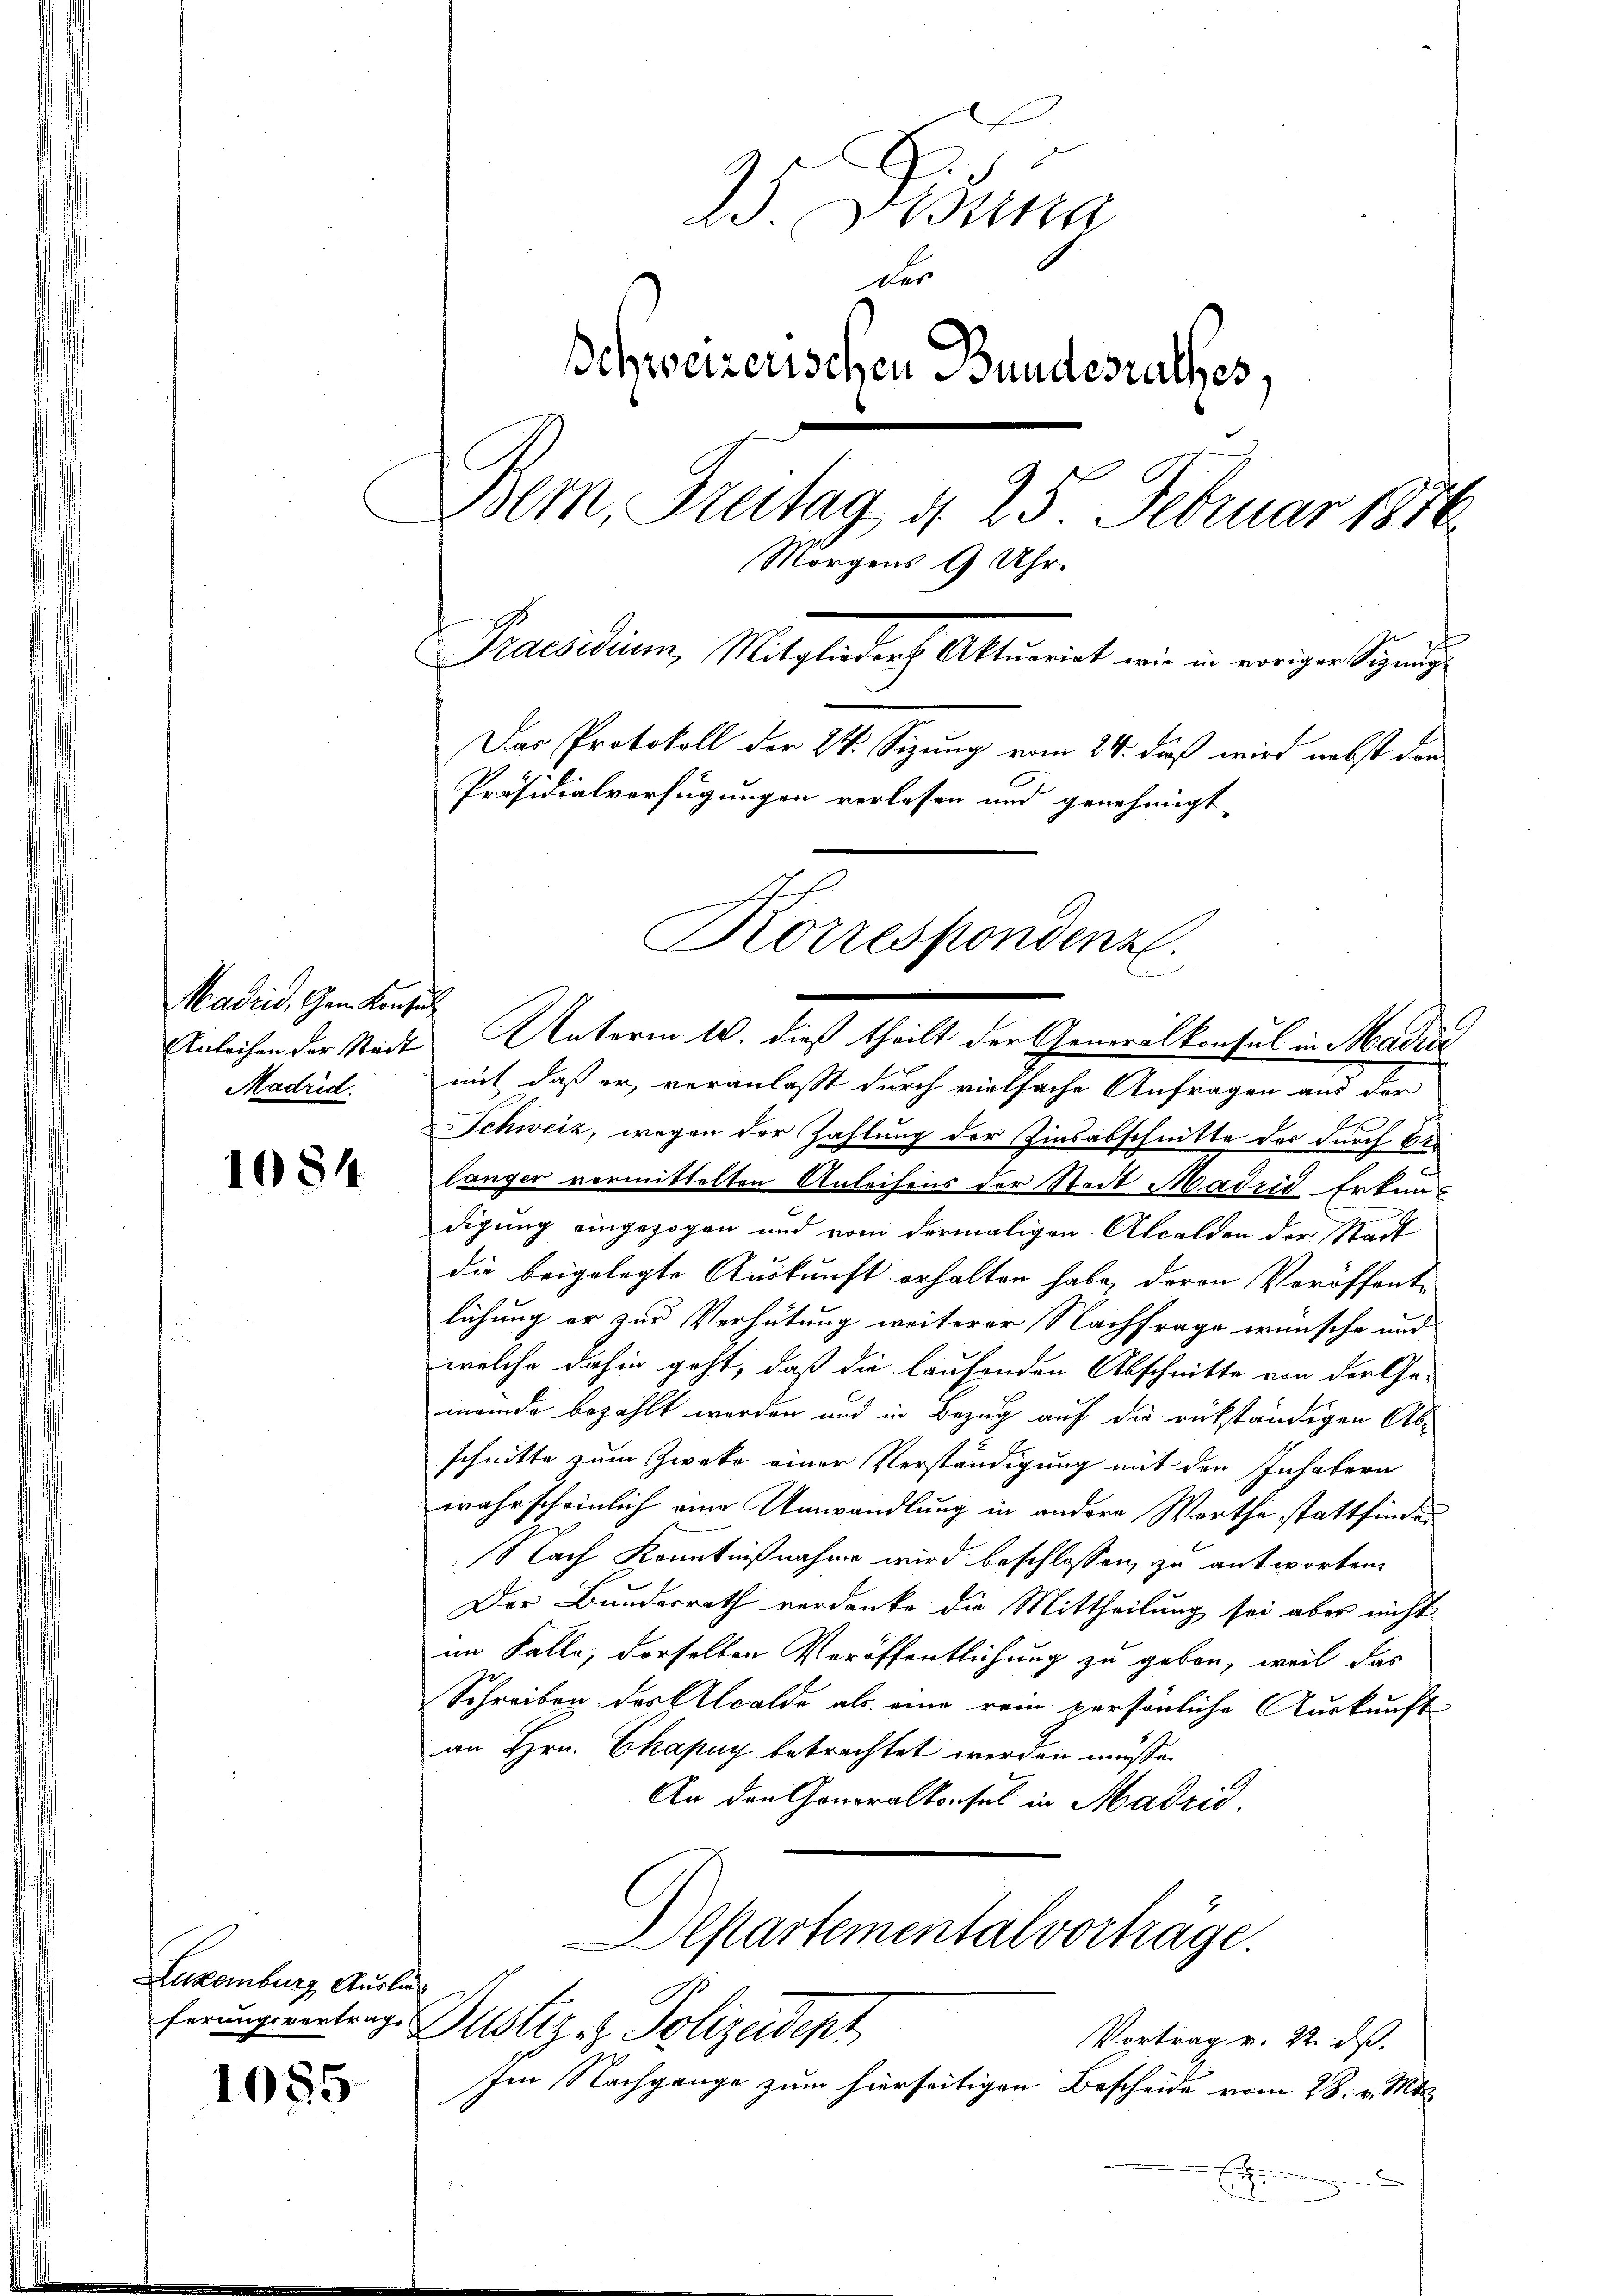
Kadlin schen Kreise

1084

Luxenburg, Auslang

1085

25. Jung
der
Schweizerischen Bundesrathes,
Bem, Freitag d. 25 Februar 1876
Morgens 9 Uhr.
Praesidium, Mitglieder Aktuarirt wie in vorigen Signung
Das Protokoll der 24. Sizung vom 24. dieß wird nebst den
Präsidialverfügungen verlassen und genehmigt,
Korrespondenz.
d

Anleihen der Stadt Unterm 10. dieß theilt der Generalkonsul in Madri
Madrid mit daß er veranlaßt durch vielfache Anfragen aus der
Schweiz, wegen der Zahlung der Zinsabschnitte des durch 60
langer vermittelten Anleihens der Stadt Madrid Erkundigung eingezogen und vom dermaligen Alcalden der Stadt
die beigelegte Auskunft erhalten habe, deren Veröffentlichung er zur Verhütung weiterer Nachfrage wünsche und
welche dahin geht, daß die laufenden Abschnitte von der Ge-
meinde bezahlt werden und in Bezug auf die rükständigen Abschnitte zum Zwecke einer Verständigung mit den Inhabern
wahrscheinlich eine Umwandlung in andere Werthe stattfinden
Nach Kenntnißnahme wird beschlossen, zu antworten,
Der Bundesrath verdanke die Mittheilung sei aber nicht
im Falle, derselben Veröffentlichung zu geben, weil das
Schreiben des Alcalde als eine rein persönliche Auskunft
an Hrn. Chapuy betrachtet werden müsse.
An den Generalkonsul in Madrid.

Alkartementalvorträge.
ferungsvertrage Justiz- & Polizeident
Vortrag v. 22. ds.

Im Nachgange zum hierseitigen Bescheide vom 28. v. Mts.
n
n